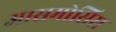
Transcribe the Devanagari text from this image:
आसमोसिस